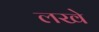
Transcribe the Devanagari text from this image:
लखे